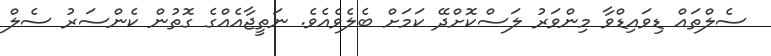
ސެލްތައް ޑިވައިޑްވާ މިންވަރު ލަސްކޮށްދޭ ކަމަށް ބެލެވެއެވެ. ނަތީޖާއެއްގެ ގޮތުން ކެންސަރު ސެލް